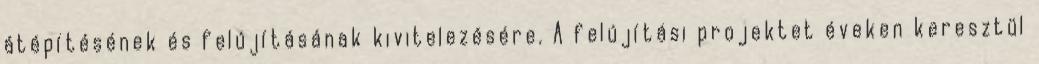
átépítésének és felújításának kivitelezésére. A felújítási projektet éveken keresztül